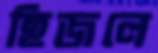
হিজলে